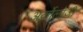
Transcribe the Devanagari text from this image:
अर्कोलोजी